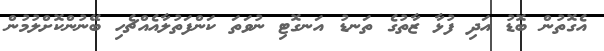
އެގޮތުން ބޮޑު އަދި ފުޅާ ޒާތުގެ ތަނޑު އަނގޮޓި ނުވަތަ ކަންފަތުލާއެއްޗެހި ބޭނުންކޮށްލުމުން